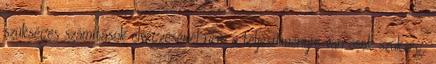
szükséges számítások elvégzésénél nem a teljesítményre van csak szükség,